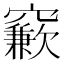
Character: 𱷙